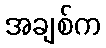
အချစ်က